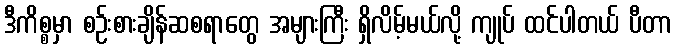
ဒီကိစ္စမှာ စဉ်းစားချိန်ဆစရာတွေ အများကြီး ရှိလိမ့်မယ်လို့ ကျုပ် ထင်ပါတယ် ပီတာ